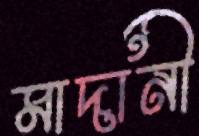
মাদানী